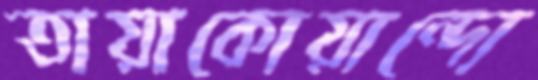
তায়াকোয়ান্দো